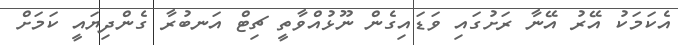
އެކަމަކު އޭރު އޭނާ ރަށުގައި ވަޑައިގެން ނޫޅުއްވާތީ ޗިޓް އަނބުރާ ގެންދިޔައީ ކަމަށް